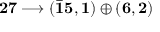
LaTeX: \bf 2 7 \longrightarrow ( { \bar { 1 5 } } , 1 ) \oplus ( 6 , 2 ) \,